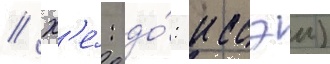
// Х'е́: до́: иссэи)